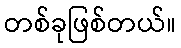
တစ်ခုဖြစ်တယ်။